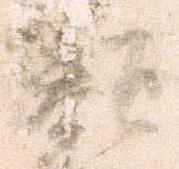
類